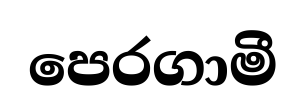
පෙරගාමී